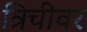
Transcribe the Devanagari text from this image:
त्रिचीवर